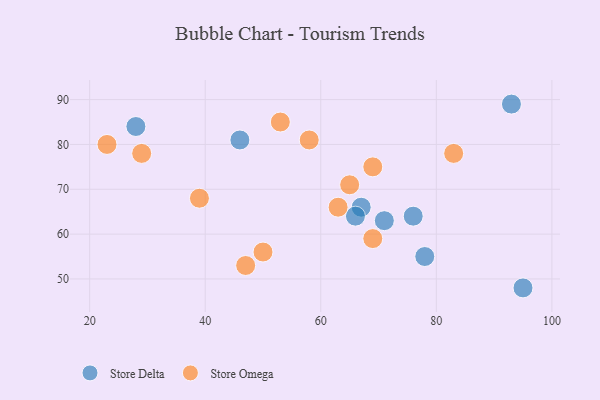
{"axis": {"x": "GDP", "y": "Life Expectancy"}, "legend": ["Store Delta", "Store Omega"], "data": [{"x": "76", "y": 64, "type": "Store Delta"}, {"x": "67", "y": 66, "type": "Store Delta"}, {"x": "46", "y": 81, "type": "Store Delta"}, {"x": "95", "y": 48, "type": "Store Delta"}, {"x": "78", "y": 55, "type": "Store Delta"}, {"x": "66", "y": 64, "type": "Store Delta"}, {"x": "28", "y": 84, "type": "Store Delta"}, {"x": "71", "y": 63, "type": "Store Delta"}, {"x": "93", "y": 89, "type": "Store Delta"}, {"x": "69", "y": 75, "type": "Store Omega"}, {"x": "47", "y": 53, "type": "Store Omega"}, {"x": "53", "y": 85, "type": "Store Omega"}, {"x": "29", "y": 78, "type": "Store Omega"}, {"x": "65", "y": 71, "type": "Store Omega"}, {"x": "69", "y": 59, "type": "Store Omega"}, {"x": "58", "y": 81, "type": "Store Omega"}, {"x": "63", "y": 66, "type": "Store Omega"}, {"x": "39", "y": 68, "type": "Store Omega"}, {"x": "23", "y": 80, "type": "Store Omega"}, {"x": "50", "y": 56, "type": "Store Omega"}, {"x": "83", "y": 78, "type": "Store Omega"}]}